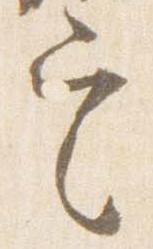
定